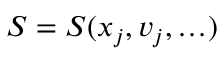
{ \cal S } = { \cal S } ( \v { x } _ { j } , \v { v } _ { j } , \ldots )